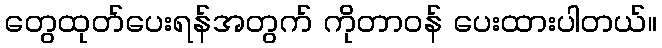
တွေထုတ်ပေးရန်အတွက် ကိုတာဝန် ပေးထားပါတယ်။